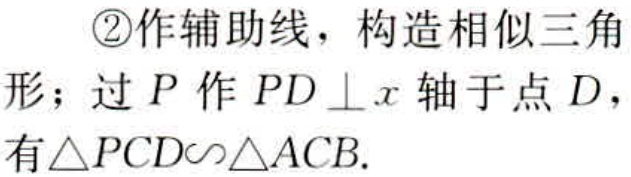
\textcircled{2}作辅助线，构造相似三角形；过\(P\)作\(PD \perp x\)轴于点\(D\)，有\(\triangle PCD\sim\triangle ACB\).